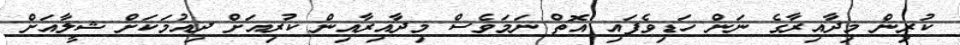
ކުރިން މިދާއިރާގެ ނަން ހަޑިވެފައި އޮތް ނަމަވެސް މިދާއިރާއިން ކުރިއަށް ދިއުމަކަށް ޝީލާއަށް